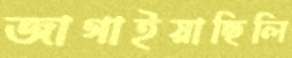
জাগাইয়াছিলি